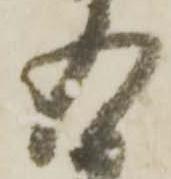
五